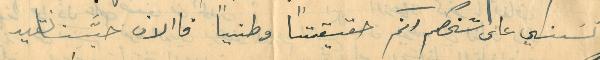
تسَني على شخصكم انكم حقيقتًا وطنياً فاالان حيَّنا نقيد